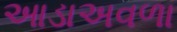
આડાઅવળા